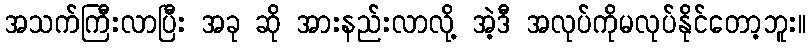
အသက်ကြီးလာပြီး အခု ဆို အားနည်းလာလို့ အဲ့ဒီ အလုပ်ကိုမလုပ်နိုင်တော့ဘူး။